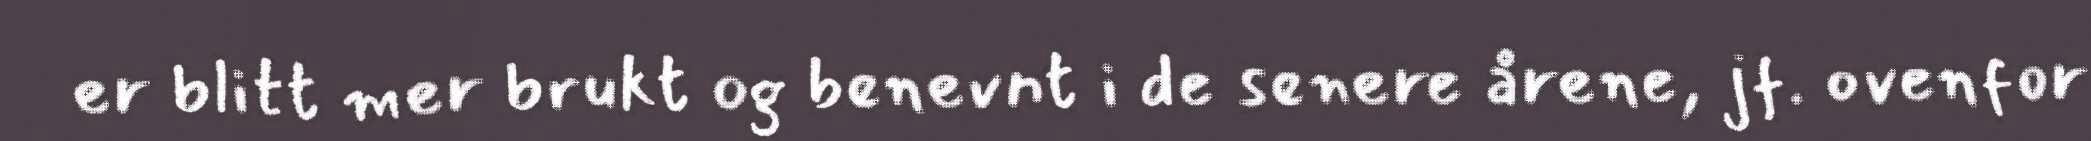
er blitt mer brukt og benevnt i de senere årene, jf. ovenfor